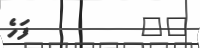
٦٨         ފަހެ